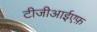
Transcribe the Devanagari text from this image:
टीजीआईएफ़